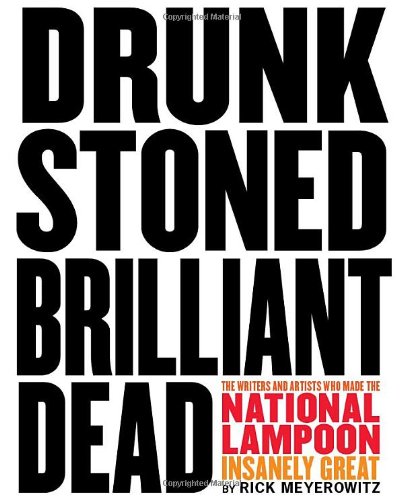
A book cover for Drunk Stoned Brilliant Dead: The Writers and Artists Who Made the National Lampoon Insanely Great; Rick Meyerowitz; Humor & Entertainment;